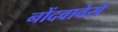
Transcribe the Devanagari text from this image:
नोंदवावेसे